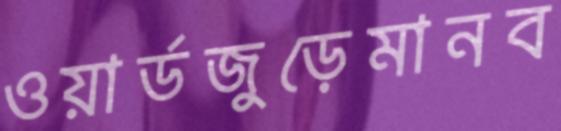
ওয়ার্ডজুড়েমানব